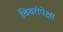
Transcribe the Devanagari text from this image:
विवरांपेक्षा